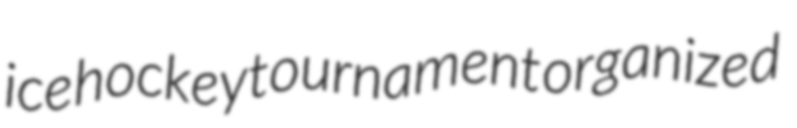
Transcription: ice hockey tournament organized